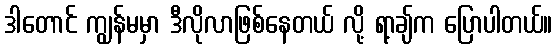
ဒါတောင် ကျွန်မမှာ ဒီလိုလာဖြစ်နေတယ် လို့ ရာ့ချ်က ပြောပါတယ်။